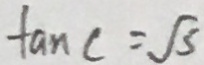
\tan C = \sqrt { 3 }